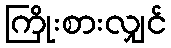
ကြိုးစားလျှင်